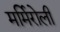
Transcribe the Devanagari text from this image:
मर्मिरोली